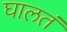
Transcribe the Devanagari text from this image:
घालतं